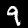
Digit: 9